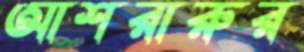
আশরারুর